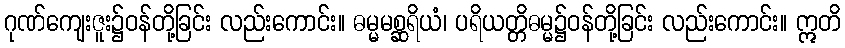
ဂုဏ်ကျေးဇူး၌ဝန်တို့ခြင်း လည်းကောင်း။ ဓမ္မမစ္ဆရိယံ၊ ပရိယတ္တိဓမ္မ၌ဝန်တို့ခြင်း လည်းကောင်း။ ဣတိ